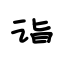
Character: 诣